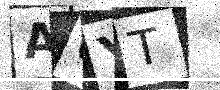
Text: A6YT